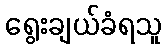
ရွေးချယ်ခံရသူ